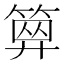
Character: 𥱅